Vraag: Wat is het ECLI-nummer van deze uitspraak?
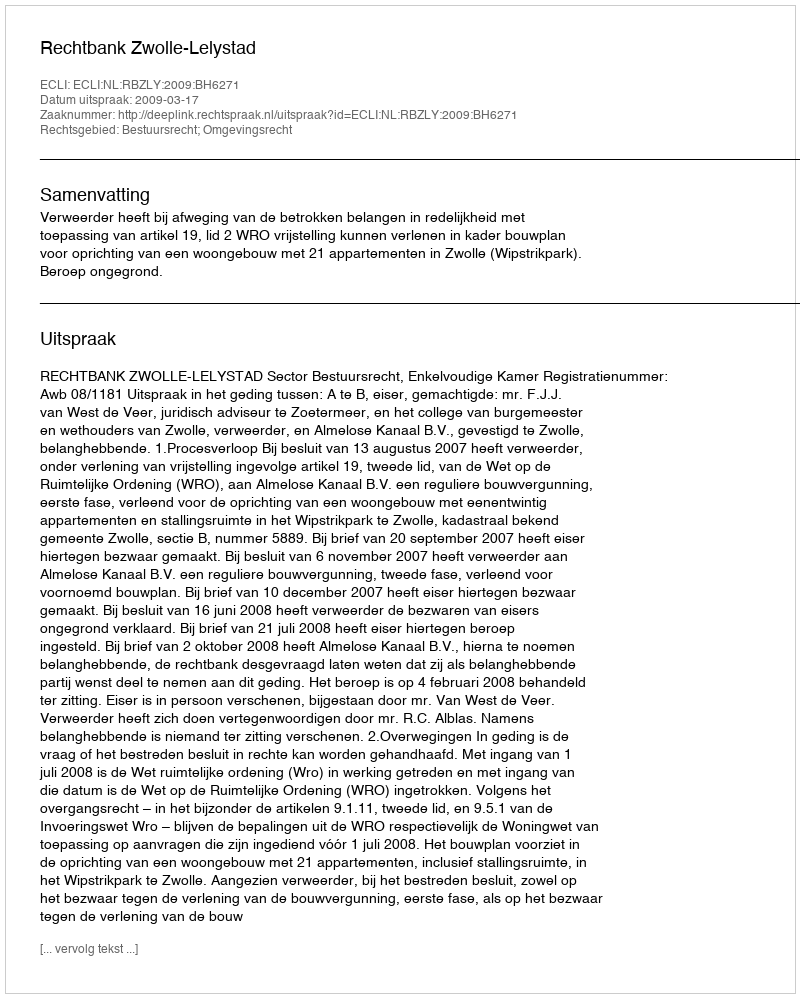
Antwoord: ECLI:NL:RBZLY:2009:BH6271